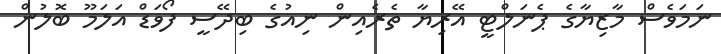
ނަމަވެސް މާޒިޔާގެ ޕެނަލްޓީ އޭރިޔާ ތެރެއިން ނިއުގެ ބިދޭސީ ފޯވަޑް އަލަމޫ ބޮލުން